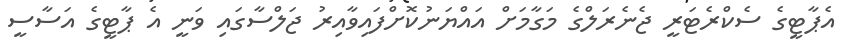
އެޕާޓީގެ ސެކްރެޓަރީ ޖެނެރަލްގެ މަގާމަށް އައްޔަނުކޮށްފައިވާއިރު ޖަލްސާގައި ވަނީ އެ ޕާޓީގެ އަސާސީ